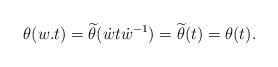
\begin{align*}\theta(w.t) = \widetilde{\theta}(\dot{w}t\dot{w}^{-1}) = \widetilde{\theta}(t) = \theta(t). \end{align*}